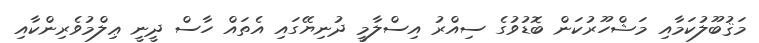
މަޤުބޫލުކަމާއި މަޝްހޫރުކަން ބޮޑުވުގެ ސިއްރު އިސްލާމީ ދުނިޔޭގައި އެތައް ހާސް ދީނީ ޢިލްމުވެރިންކާއި